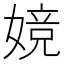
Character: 㜔